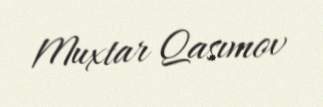
Muxtar Qasımov